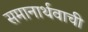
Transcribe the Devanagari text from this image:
समानार्थवाची